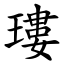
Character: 㻲